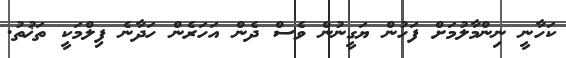
ކަހާނީ ނިންމާލުމަށް ފަހުން ޔަގީނުން ވެސް ދެން އަހަރެން ހަދާނެ ފިލްމަކީ ތަޚުތު.